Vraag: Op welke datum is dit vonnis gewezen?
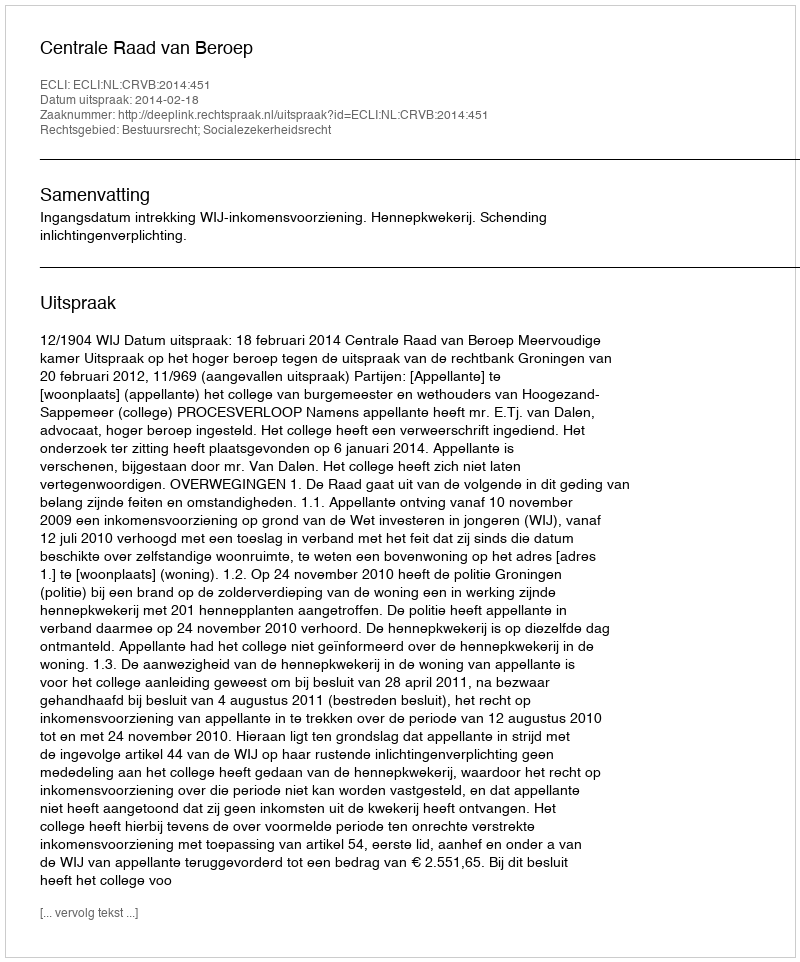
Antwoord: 2014-02-18